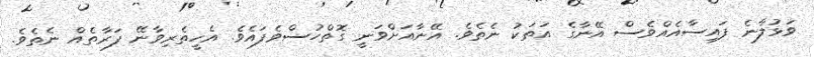
ވަޅުލާނެ ފައިސާއެއްވެސް އޭނާގެ އަތަކު ނެތެވެ. އޭނާއަށްވަނީ ގޮތްހުސްވެފައެވެ. އެހީތެރިވާނޭ ފަރާތެއް ނެތެވެ.